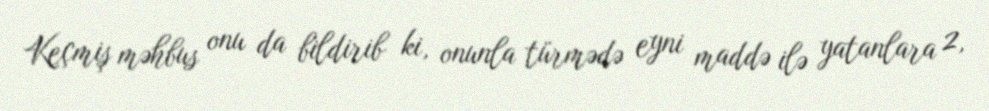
Keçmiş məhbus onu da bildirib ki, onunla türmədə eyni maddə ilə yatanlara 2,